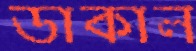
ডাকাল